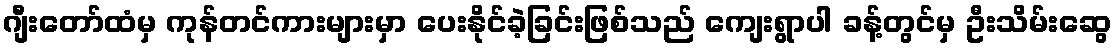
ဂျီးတော်ထံမှ ကုန်တင်ကားများမှာ ပေးနိုင်ခဲ့ခြင်းဖြစ်သည် ကျေးရွာပါ ခန့်တွင်မှ ဦးသိမ်းဆွေ